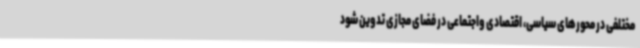
مختلفی در محورهای سیاسی، اقتصادی واجتماعی در فضای مجازی تدوین شود